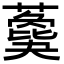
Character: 𦿙